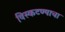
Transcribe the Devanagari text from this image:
विस्कटण्याचा